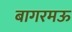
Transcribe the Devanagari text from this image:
बागरमऊ